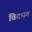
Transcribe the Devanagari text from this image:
विदधत